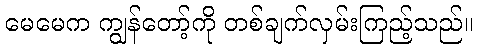
မေမေက ကျွန်တော့်ကို တစ်ချက်လှမ်းကြည့်သည်။